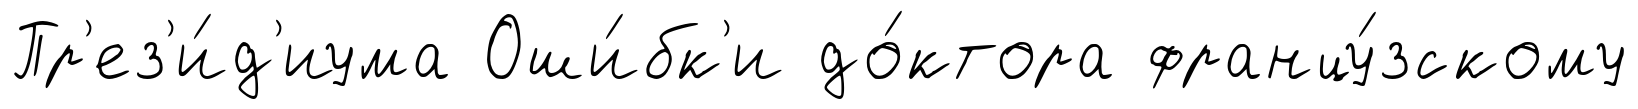
Пр'ез'и́д'иума Оши́бк'и до́ктора францу́зскому